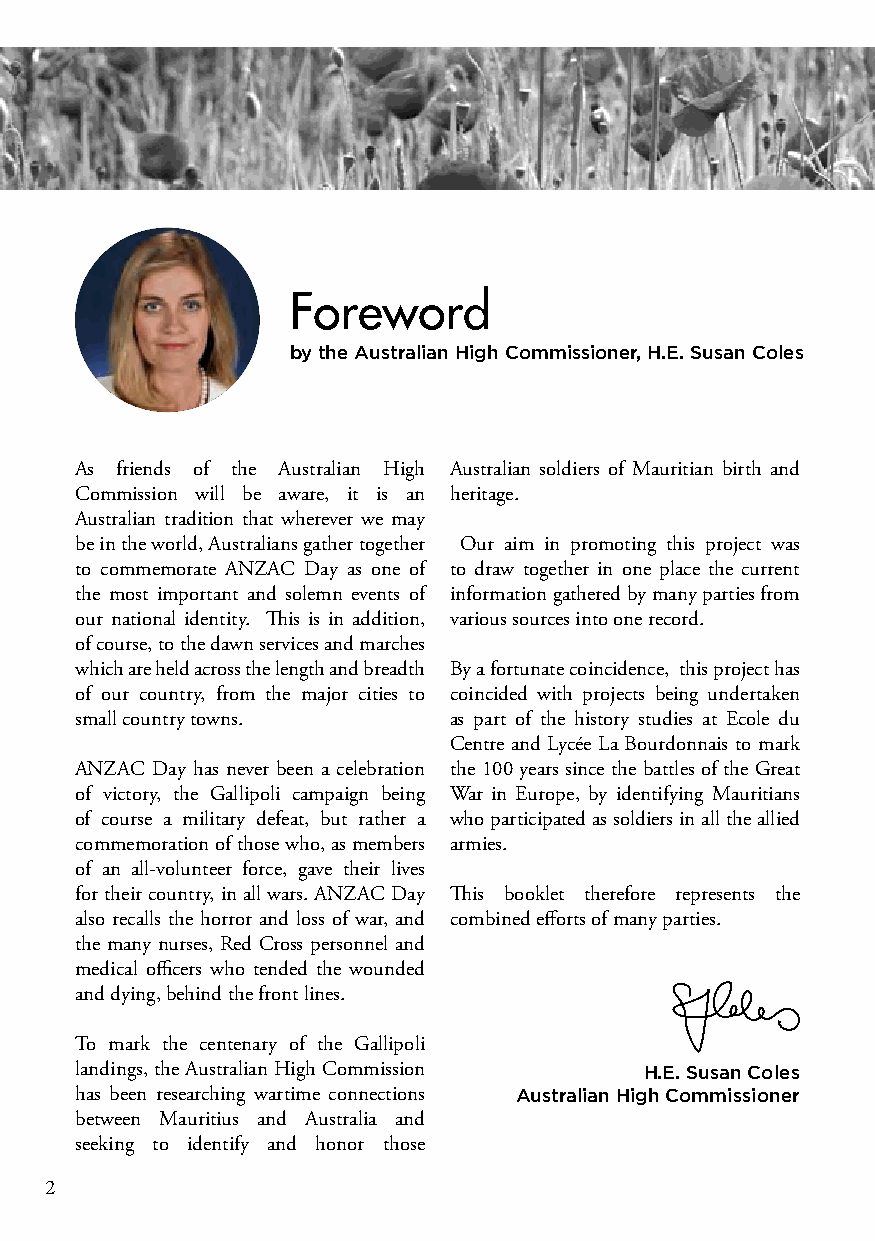
Foreword
 by the Australian High Commissioner, H.E. Susan Coles
 As friends of the Australian High Australian soldiers of Mauritian birth and
 Commission will be aware, it is an heritage.
 Australian tradition that wherever we may
 be in the world, Australians gather together Our aim in promoting this project was
 to commemorate ANZAC Day as one of to draw together in one place the current
 the most important and solemn events of information gathered by many parties from
 our national identity. This is in addition, various sources into one record.
 of course, to the dawn services and marches
 which are held across the length and breadth By a fortunate coincidence, this project has
 of our country, from the major cities to coincided with projects being undertaken
 small country towns.     as part of the history studies at Ecole du
 Centre and Lycée La Bourdonnais to mark
 ANZAC Day has never been a celebration the 100 years since the battles of the Great
 of victory, the Gallipoli campaign being War in Europe, by identifying Mauritians
 of course a military defeat, but rather a who participated as soldiers in all the allied
 commemoration of those who, as members armies.
 of an all-volunteer force, gave their lives
 for their country, in all wars. ANZAC Day This booklet therefore represents the
 also recalls the horror and loss of war, and combined efforts of many parties.
 the many nurses, Red Cross personnel and
 medical officers who tended the wounded
 and dying, behind the front lines.
 To mark the centenary of the Gallipoli
 landings, the Australian High Commission H.E. Susan Coles
 has been researching wartime connections Australian High Commissioner
 between Mauritius and Australia and
 seeking to identify and honor those
 2